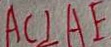
A C \bot A E